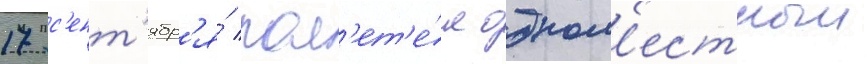
17 с'ент'ябр'я́ пол'ет'е́л одном'естныи